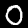
Digit: 0